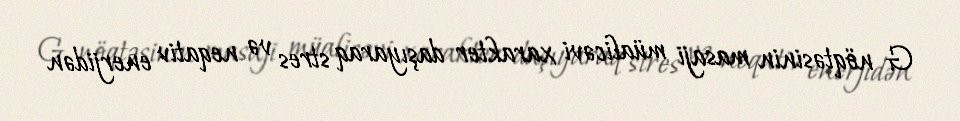
G nöqtəsinin masaji müalicəvi xarakter daşıyaraq stres və neqativ enerjidən